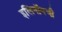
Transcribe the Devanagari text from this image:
इलिनॉयची